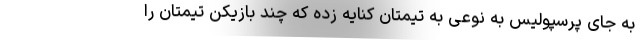
به جای پرسپولیس به نوعی به تیمتان کنایه زده که چند بازیکن تیمتان را